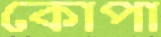
কোপা